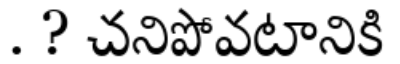
. ? చనిపోవటానికి